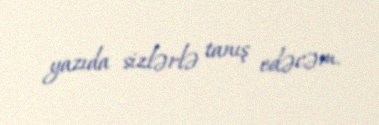
yazıda sizlərlə tanış edəcəm.